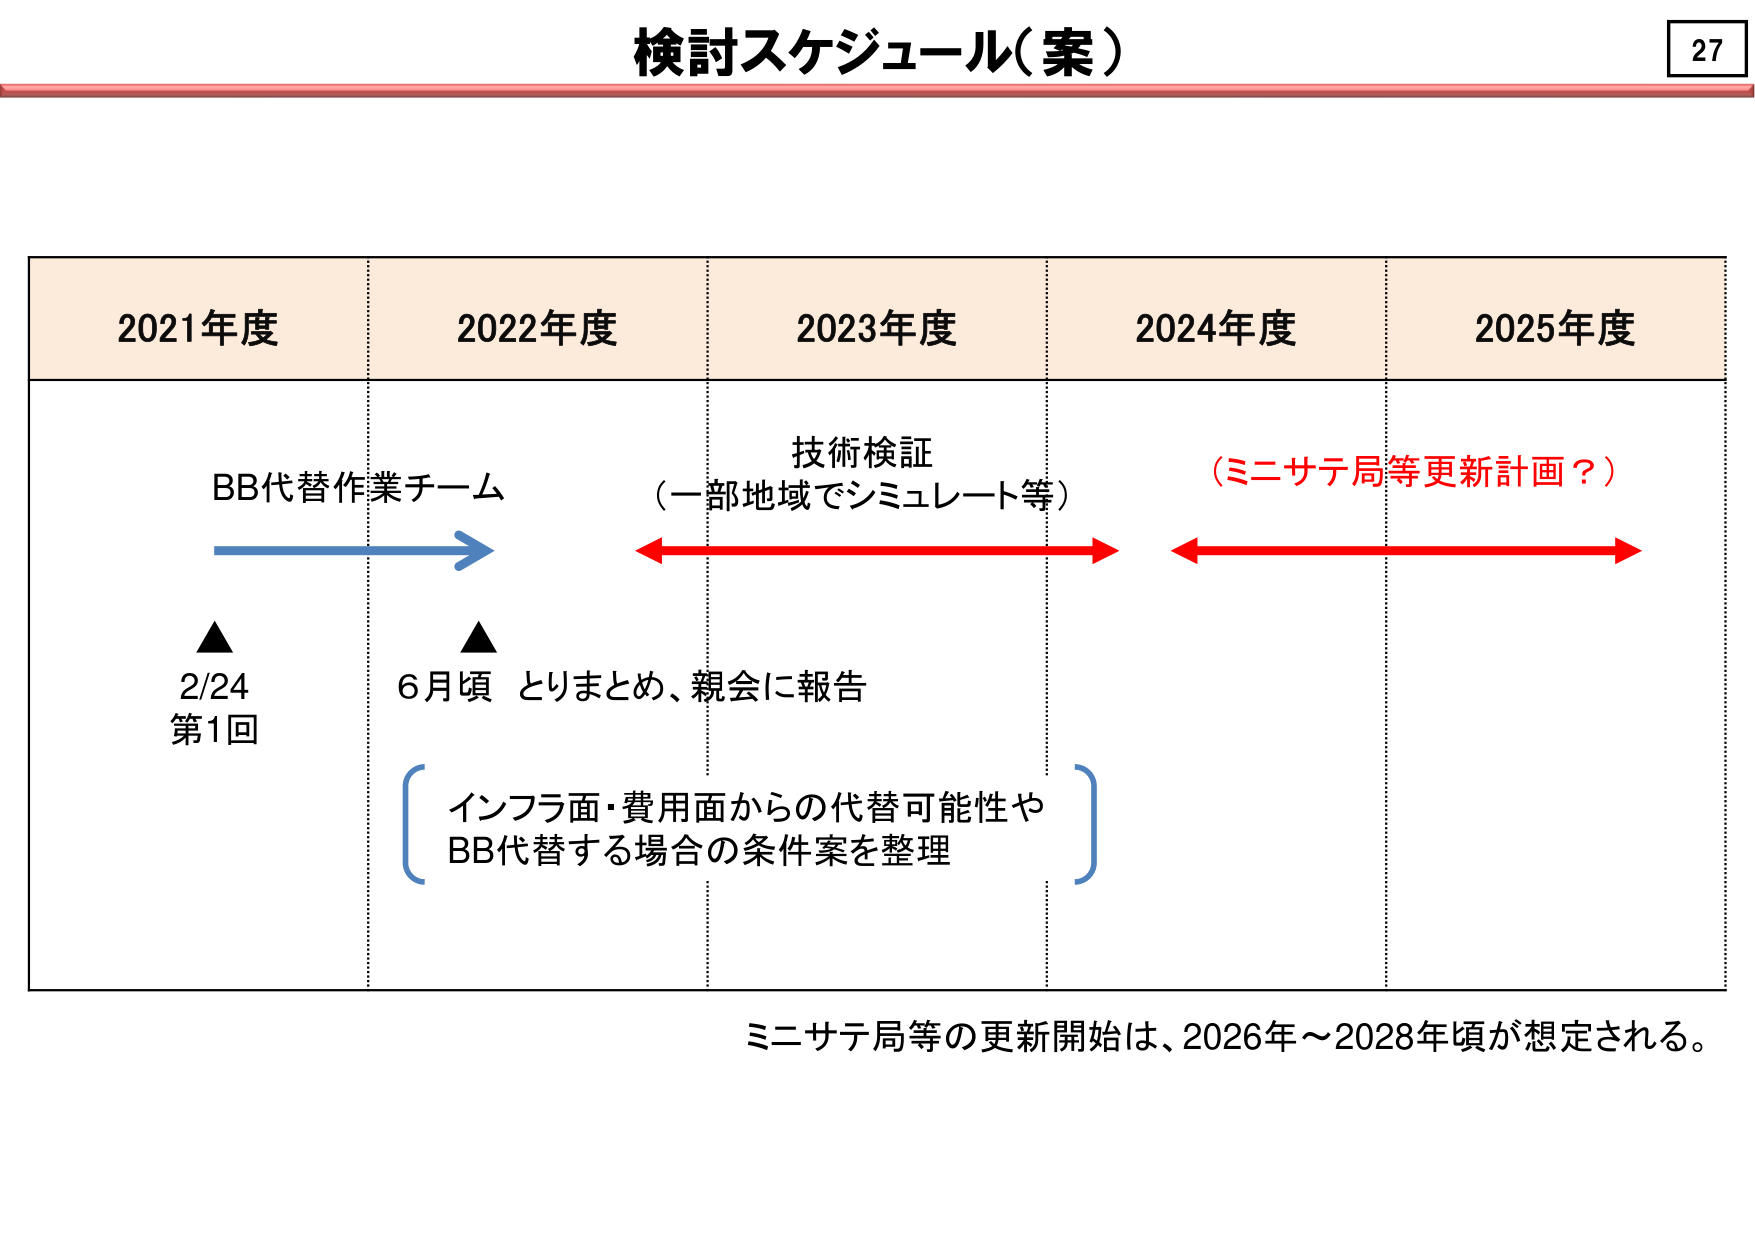
検討スケジュール（案）

27

2021年度
2022年度
2023年度
2024年度
2025年度

BB代替作業チーム
技術検証
（一部地域でシミュレート等）
（ミニサテ局等更新計画？）

▲
2/24
第1回

▲
6月頃 とりまとめ、親会に報告

インフラ面・費用面からの代替可能性や
BB代替する場合の条件案を整理

ミニサテ局等の更新開始は、2026年～2028年頃が想定される。